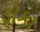
ડોકા